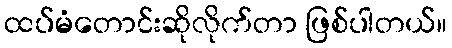
ထပ်မံတောင်းဆိုလိုက်တာ ဖြစ်ပါတယ်။